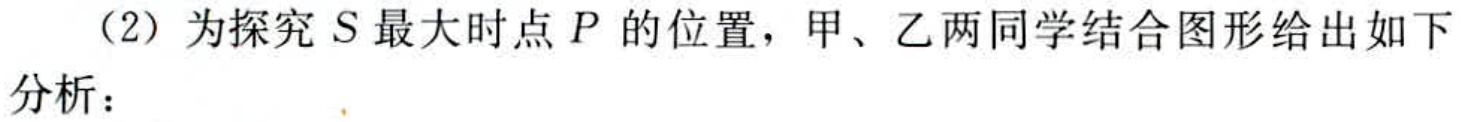
（2）为探究 \(S\) 最大时点 \(P\) 的位置，甲、乙两同学结合图形给出如下分析：